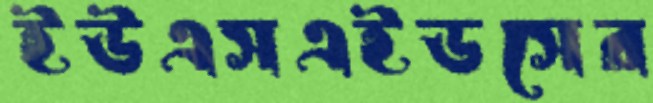
ইউএসএইডসের